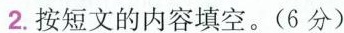
2.按短文的内容填空。(6分)